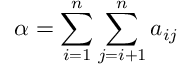
\alpha = \sum _ { i = 1 } ^ { n } \sum _ { j = i + 1 } ^ { n } a _ { i j }